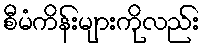
စီမံကိန်းများကိုလည်း